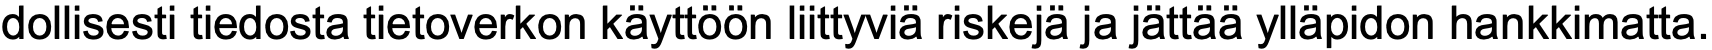
dollisesti tiedosta tietoverkon käyttöön liittyviä riskejä ja jättää ylläpidon hankkimatta.